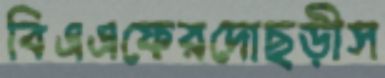
বিএএফেরদোছড়ীস